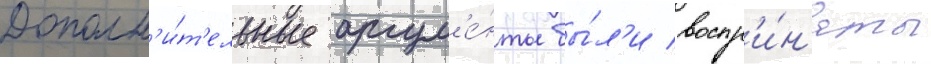
Дополн'и́т'ельные аргум'е́нты бы́л'и воспр'и́н'яты